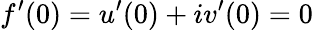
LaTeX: f^{\prime}(0)=u^{\prime}(0)+iv^{\prime}(0)=0